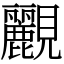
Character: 䚕